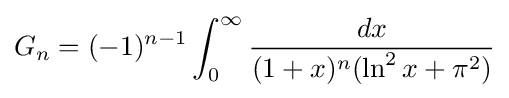
G_{n}=(-1)^{n-1}\int _{0}^{\infty }{\frac {dx}{(1+x)^{n}(\ln ^{2}x+\pi ^{2})}}